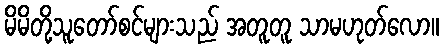
မိမိတို့သူတော်စင်များသည် အတူတူ သာမဟုတ်လော။